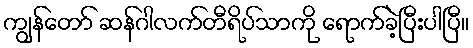
ကျွန်တော် ဆန်ဂါလက်တီရိပ်သာကို ရောက်ခဲ့ပြီးပါပြီ။